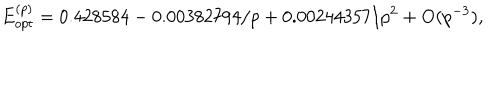
LaTeX: E _ { o p t } ^ { ( p ) } = 0 . 4 2 8 5 8 4 - 0 . 0 0 3 8 2 7 9 4 / p + 0 . 0 0 2 4 4 3 5 7 / p ^ { 2 } + \mathrm { O } ( p ^ { - 3 } ) ,